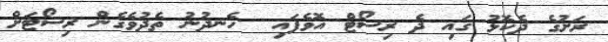
ރަށުގެ ދެކޮޅު ގައި ދެ ރިސޯޓް އޮވެފައިި  ހެނދުނު ތެދުވެގެން ރިސޯޓަށް